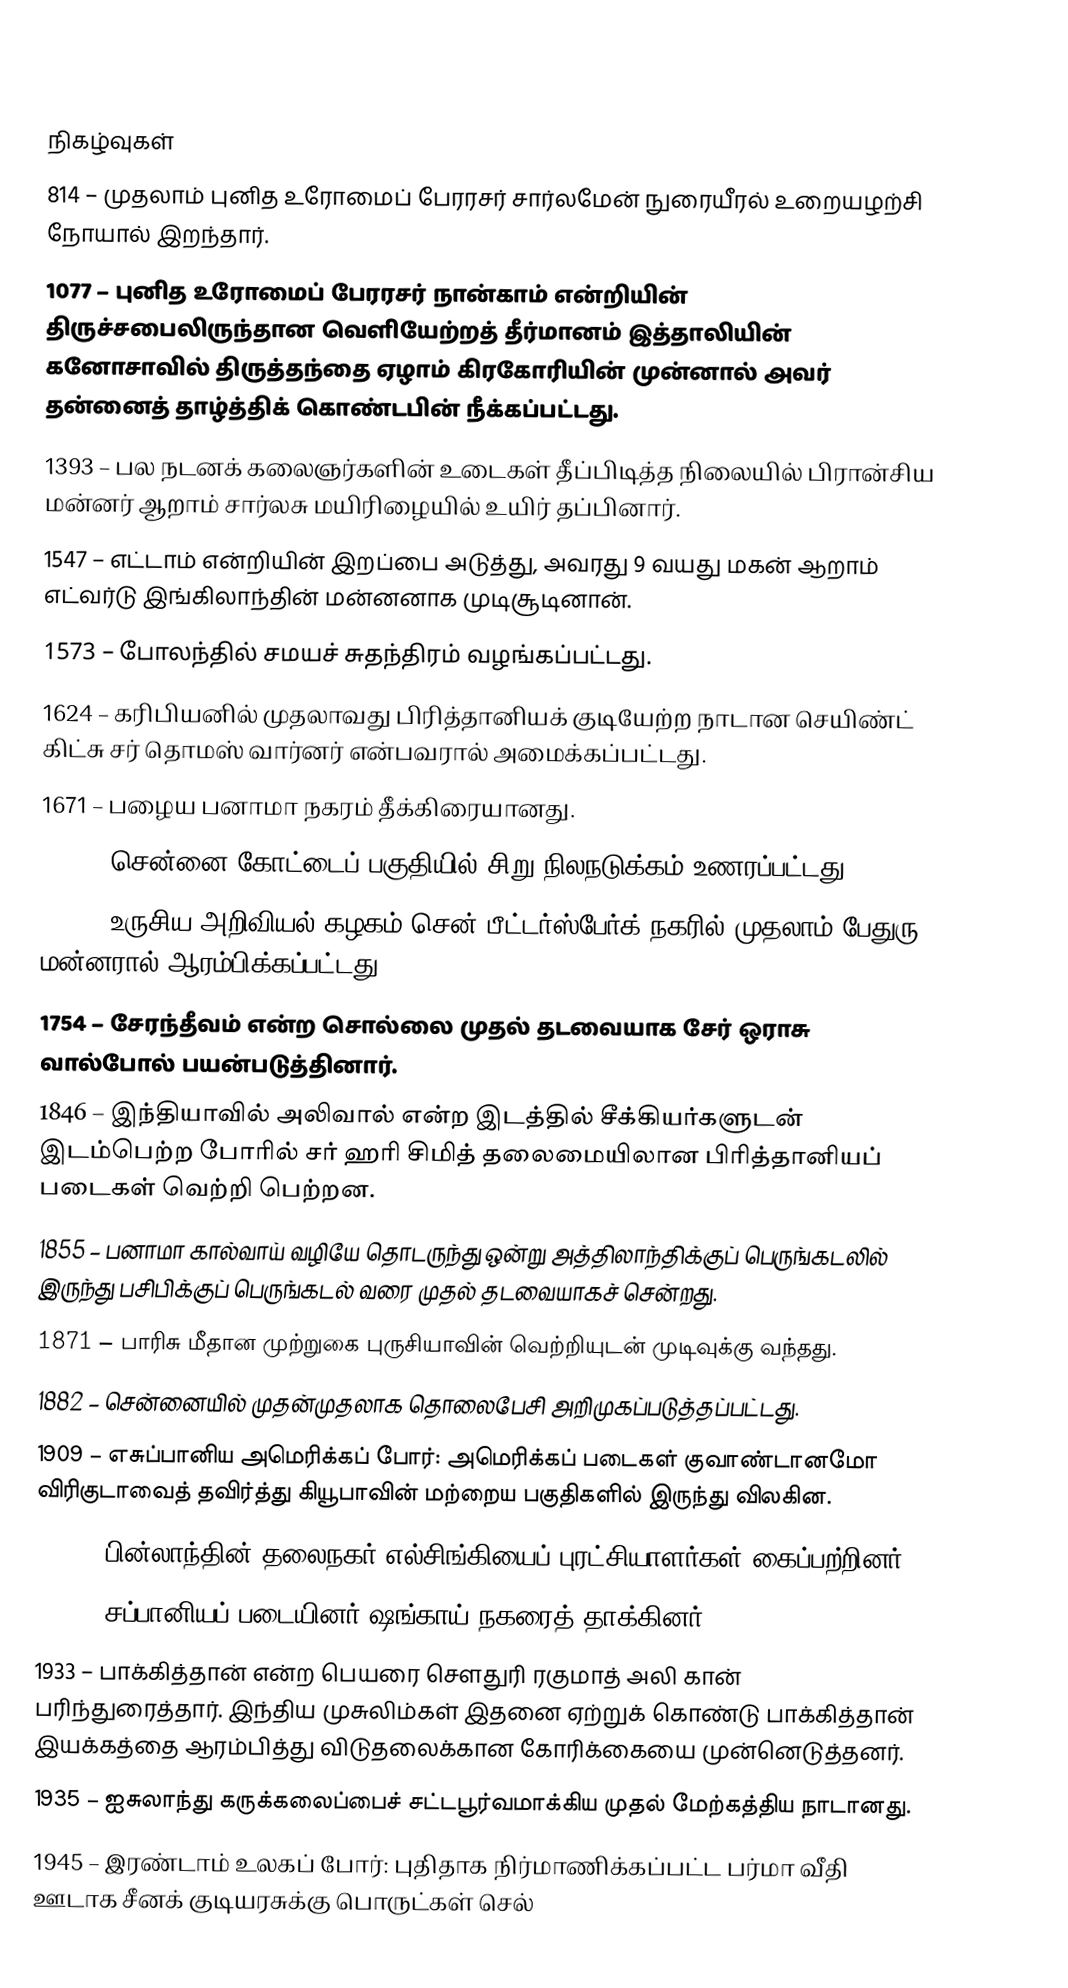

நிகழ்வுகள்
 814 – முதலாம் புனித உரோமைப் பேரரசர் சார்லமேன் நுரையீரல் உறையழற்சி நோயால் இறந்தார்.
1077 – புனித உரோமைப் பேரரசர் நான்காம் என்றியின் திருச்சபைலிருந்தான வெளியேற்றத் தீர்மானம் இத்தாலியின் கனோசாவில் திருத்தந்தை ஏழாம் கிரகோரியின் முன்னால் அவர் தன்னைத் தாழ்த்திக் கொண்டபின் நீக்கப்பட்டது.
1393 – பல நடனக் கலைஞர்களின் உடைகள் தீப்பிடித்த நிலையில் பிரான்சிய மன்னர் ஆறாம் சார்லசு மயிரிழையில் உயிர் தப்பினார்.
1547 – எட்டாம் என்றியின் இறப்பை அடுத்து, அவரது 9 வயது மகன் ஆறாம் எட்வர்டு இங்கிலாந்தின் மன்னனாக முடிசூடினான்.
1573 – போலந்தில் சமயச் சுதந்திரம் வழங்கப்பட்டது.
1624 – கரிபியனில் முதலாவது பிரித்தானியக் குடியேற்ற நாடான செயிண்ட் கிட்சு சர் தொமஸ் வார்னர் என்பவரால் அமைக்கப்பட்டது.
1671 – பழைய பனாமா நகரம் தீக்கிரையானது.
1679 – சென்னை கோட்டைப் பகுதியில் சிறு நிலநடுக்கம் உணரப்பட்டது.
1724 – உருசிய அறிவியல் கழகம் சென் பீட்டர்ஸ்பேர்க் நகரில் முதலாம் பேதுரு மன்னரால் ஆரம்பிக்கப்பட்டது.
1754 – சேரந்தீவம் என்ற சொல்லை முதல் தடவையாக சேர் ஒராசு வால்போல் பயன்படுத்தினார்.
1846 – இந்தியாவில் அலிவால் என்ற இடத்தில் சீக்கியர்களுடன் இடம்பெற்ற போரில் சர் ஹரி சிமித் தலைமையிலான பிரித்தானியப் படைகள் வெற்றி பெற்றன.
1855 – பனாமா கால்வாய் வழியே தொடருந்து ஒன்று அத்திலாந்திக்குப் பெருங்கடலில் இருந்து பசிபிக்குப் பெருங்கடல் வரை முதல் தடவையாகச் சென்றது.
1871 – பாரிசு மீதான முற்றுகை புருசியாவின் வெற்றியுடன் முடிவுக்கு வந்தது.
1882 – சென்னையில் முதன்முதலாக தொலைபேசி அறிமுகப்படுத்தப்பட்டது.
1909 – எசுப்பானிய அமெரிக்கப் போர்: அமெரிக்கப் படைகள் குவாண்டானமோ விரிகுடாவைத் தவிர்த்து கியூபாவின் மற்றைய பகுதிகளில் இருந்து விலகின.
1918 – பின்லாந்தின் தலைநகர் எல்சிங்கியைப் புரட்சியாளர்கள் கைப்பற்றினர்.
1932 – சப்பானியப் படையினர் ஷங்காய் நகரைத் தாக்கினர்.
1933 – பாக்கித்தான் என்ற பெயரை சௌதுரி ரகுமாத் அலி கான் பரிந்துரைத்தார். இந்திய முசுலிம்கள் இதனை ஏற்றுக் கொண்டு பாக்கித்தான் இயக்கத்தை ஆரம்பித்து விடுதலைக்கான கோரிக்கையை முன்னெடுத்தனர்.
1935 – ஐசுலாந்து கருக்கலைப்பைச் சட்டபூர்வமாக்கிய முதல் மேற்கத்திய நாடானது.
1945 – இரண்டாம் உலகப் போர்: புதிதாக நிர்மாணிக்கப்பட்ட பர்மா வீதி ஊடாக சீனக் குடியரசுக்கு பொருட்கள் செல்